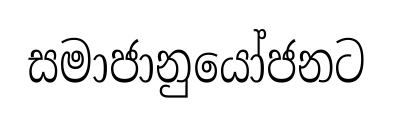
සමාජානුයෝජනට